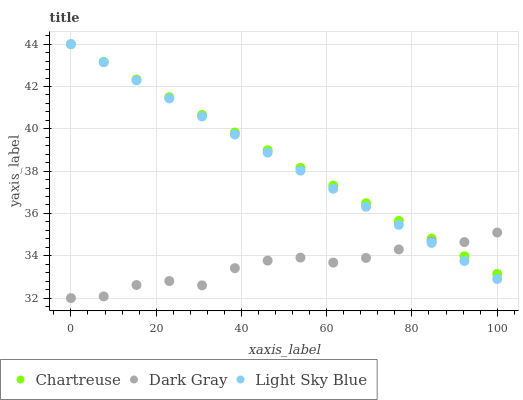
| xaxis_label | Chartreuse | Dark Gray | Light Sky Blue |
 | --- | --- | --- | --- |
 | 0 | 44 | 32 | 44 |
 | 7.69 | 43.2 | 32.1 | 43.1 |
 | 15.4 | 42.3 | 32.6 | 42.3 |
 | 23.1 | 41.5 | 32.8 | 41.4 |
 | 30.8 | 40.7 | 32.6 | 40.6 |
 | 38.5 | 39.8 | 33.4 | 39.7 |
 | 46.2 | 39 | 33.8 | 38.9 |
 | 53.8 | 38.2 | 33.9 | 38 |
 | 61.5 | 37.3 | 33.7 | 37.2 |
 | 69.2 | 36.5 | 33.9 | 36.3 |
 | 76.9 | 35.6 | 34.3 | 35.5 |
 | 84.6 | 34.8 | 34.7 | 34.6 |
 | 92.3 | 34 | 34.6 | 33.8 |
 | 100 | 33.1 | 35.1 | 32.9 |